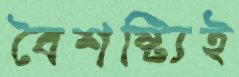
বৈশষ্ট্যিই